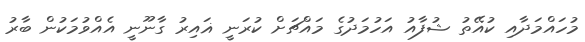
މުހައްމަދާއި ކުއޭތު ޝުފާއު އަހުމަދުގެ މައްޗަށް ކުރަނީ ޣައިރު ގާނޫނީ އެއްވުމަކުން ބާރު